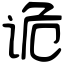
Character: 诡